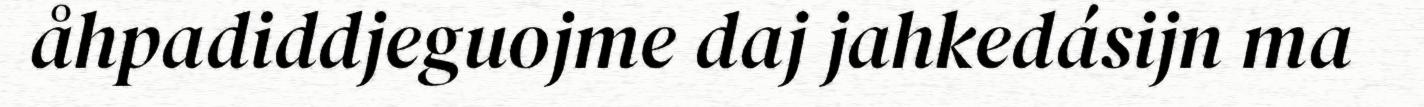
åhpadiddjeguojme daj jahkedásijn ma